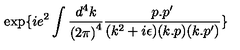
\exp \{ i e ^ { 2 } \int \frac { d ^ { 4 } k } { { ( 2 \pi ) } ^ { 4 } } \frac { p . p ^ { \prime } } { ( k ^ { 2 } + i \epsilon ) ( k . p ) ( k . p ^ { \prime } ) } \}